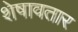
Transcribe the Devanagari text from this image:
शेषावतार